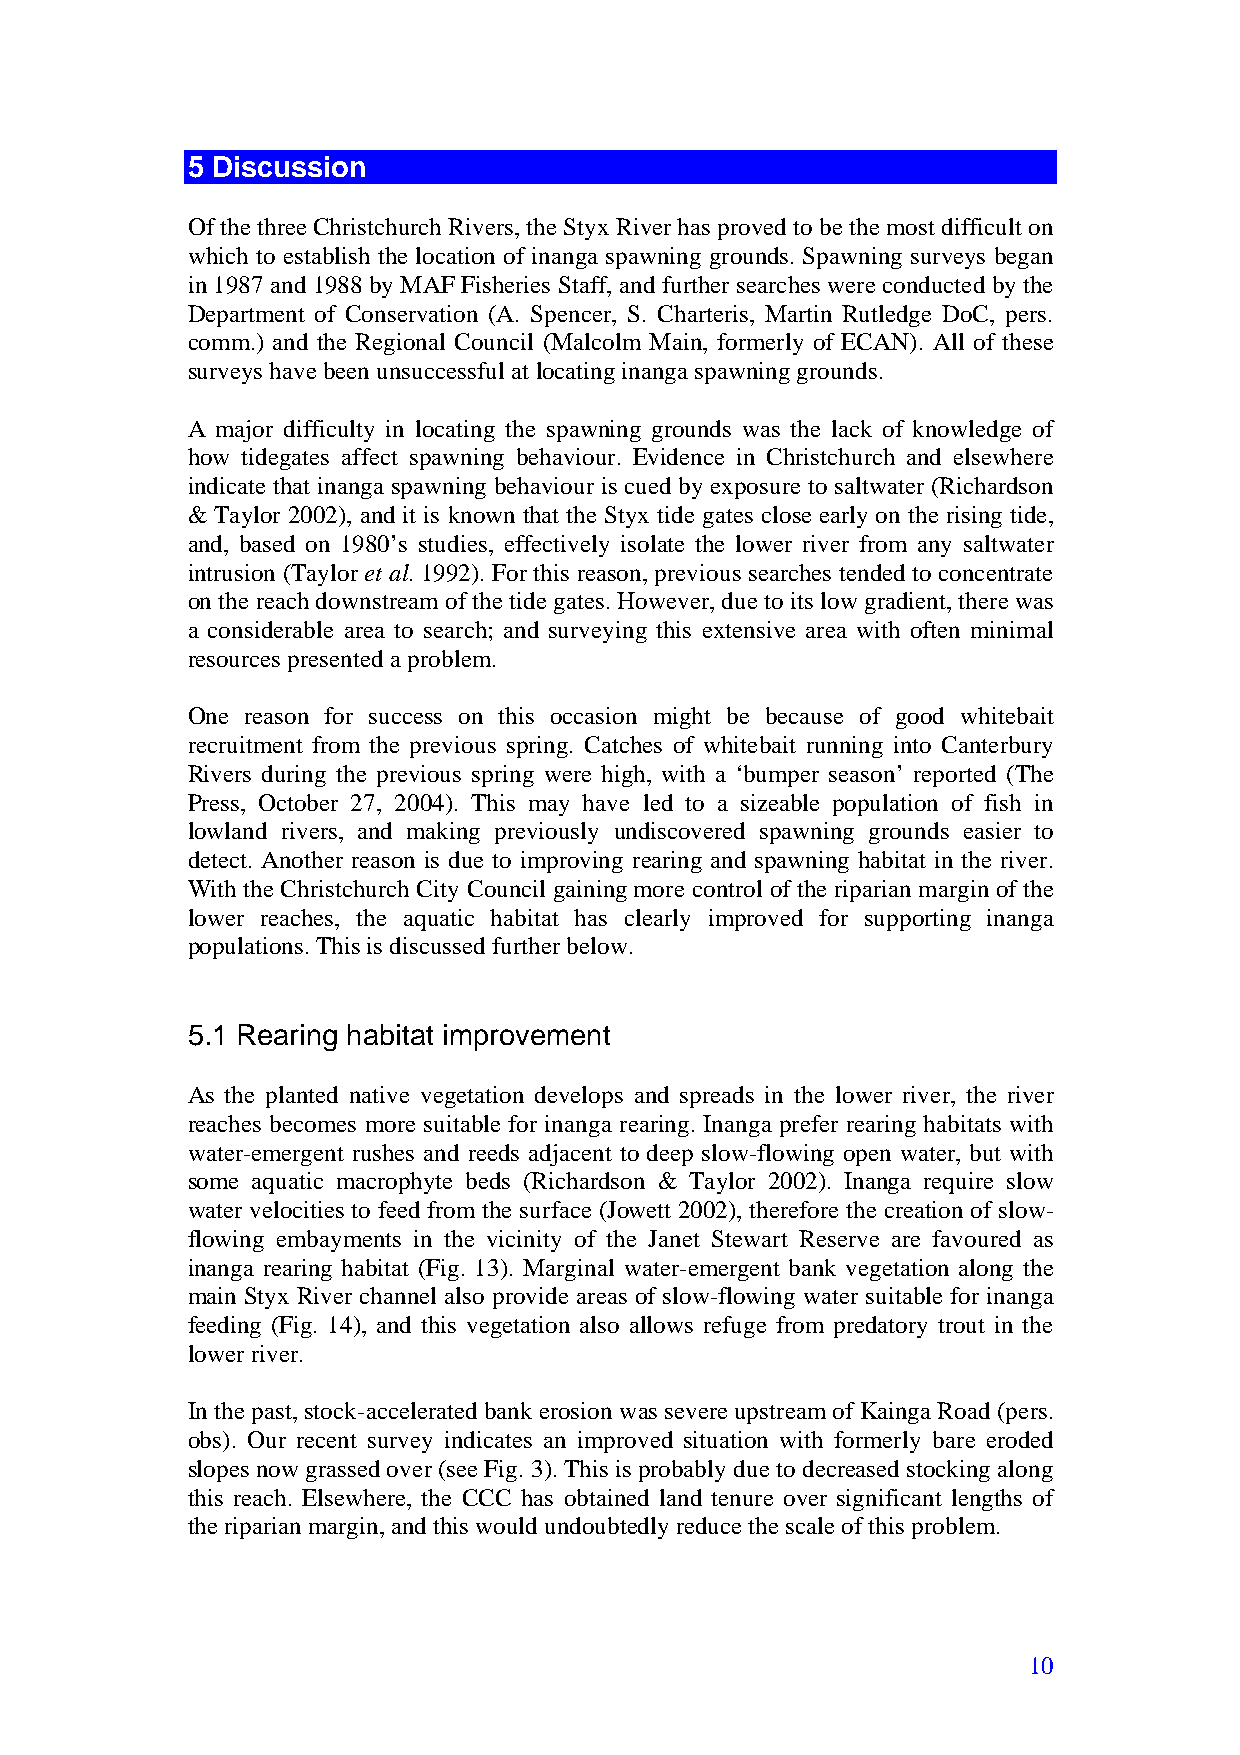
5 Discussion
 Of the three Christchurch Rivers, the Styx River has proved to be the most difficult on
 which to establish the location of inanga spawning grounds. Spawning surveys began
 in 1987 and 1988 by MAF Fisheries Staff, and further searches were conducted by the
 Department of Conservation (A. Spencer, S. Charteris, Martin Rutledge DoC, pers.
 comm.) and the Regional Council (Malcolm Main, formerly of ECAN). All of these
 surveys have been unsuccessful at locating inanga spawning grounds.
 A major difficulty in locating the spawning grounds was the lack of knowledge of
 how tidegates affect spawning behaviour. Evidence in Christchurch and elsewhere
 indicate that inanga spawning behaviour is cued by exposure to saltwater (Richardson
 & Taylor 2002), and it is known that the Styx tide gates close early on the rising tide,
 and, based on 1980’s studies, effectively isolate the lower river from any saltwater
 intrusion (Taylor et al. 1992). For this reason, previous searches tended to concentrate
 on the reach downstream of the tide gates. However, due to its low gradient, there was
 a considerable area to search; and surveying this extensive area with often minimal
 resources presented a problem.
 One reason for success on this occasion might be because of good whitebait
 recruitment from the previous spring. Catches of whitebait running into Canterbury
 Rivers during the previous spring were high, with a ‘bumper season’ reported (The
 Press, October 27, 2004). This may have led to a sizeable population of fish in
 lowland rivers, and making previously undiscovered spawning grounds easier to
 detect. Another reason is due to improving rearing and spawning habitat in the river.
 With the Christchurch City Council gaining more control of the riparian margin of the
 lower reaches, the aquatic habitat has clearly improved for supporting inanga
 populations. This is discussed further below.
 5.1 Rearing habitat improvement
 As the planted native vegetation develops and spreads in the lower river, the river
 reaches becomes more suitable for inanga rearing. Inanga prefer rearing habitats with
 water-emergent rushes and reeds adjacent to deep slow-flowing open water, but with
 some aquatic macrophyte beds (Richardson & Taylor 2002). Inanga require slow
 water velocities to feed from the surface (Jowett 2002), therefore the creation of slow-
 flowing embayments in the vicinity of the Janet Stewart Reserve are favoured as
 inanga rearing habitat (Fig. 13). Marginal water-emergent bank vegetation along the
 main Styx River channel also provide areas of slow-flowing water suitable for inanga
 feeding (Fig. 14), and this vegetation also allows refuge from predatory trout in the
 lower river.
 In the past, stock-accelerated bank erosion was severe upstream of Kainga Road (pers.
 obs). Our recent survey indicates an improved situation with formerly bare eroded
 slopes now grassed over (see Fig. 3). This is probably due to decreased stocking along
 this reach. Elsewhere, the CCC has obtained land tenure over significant lengths of
 the riparian margin, and this would undoubtedly reduce the scale of this problem.
 10